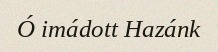
Ó imádott Hazánk